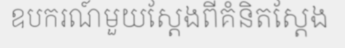
ឧបករណ៍មួយស្តែងពីគំនិតស្តែង